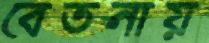
বেতনায়